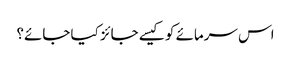
اس سرمائے کو کیسے جائز کیا جائے؟